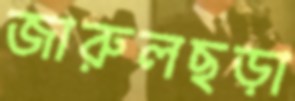
জারুলছড়া